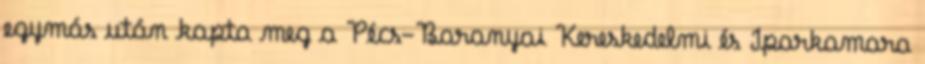
egymás után kapta meg a Pécs-Baranyai Kereskedelmi és Iparkamara